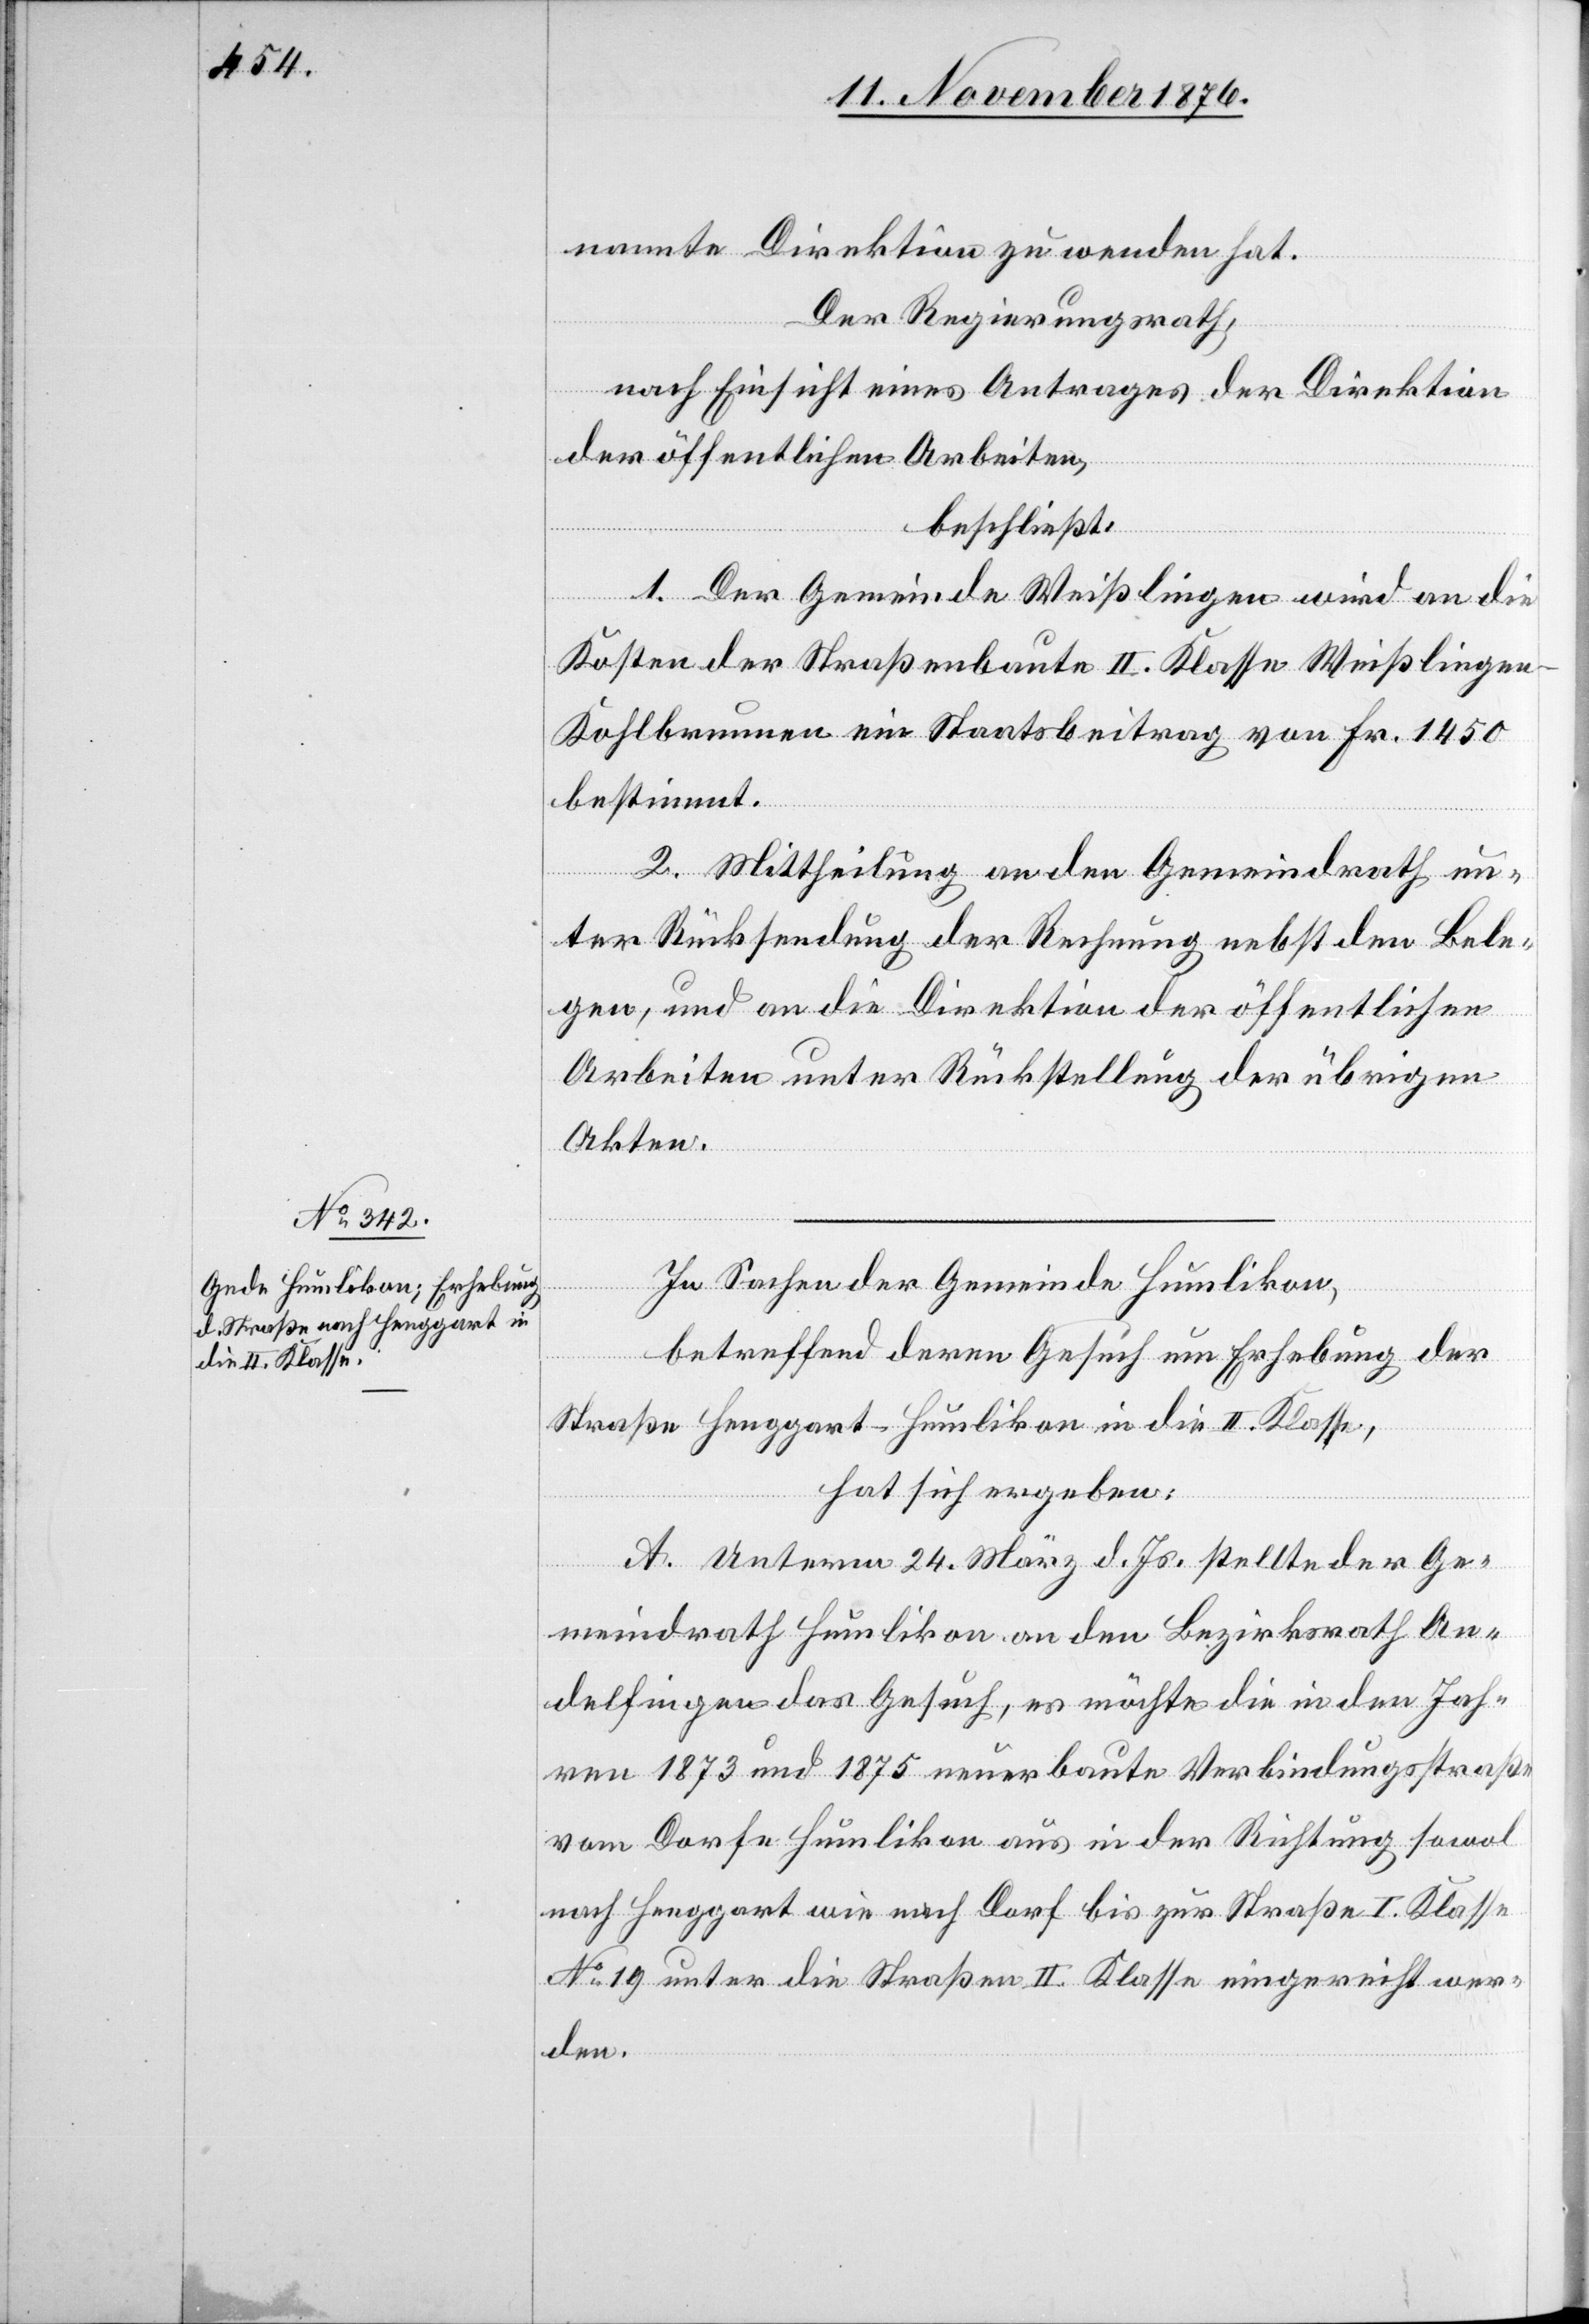
nannte Direktion zu wenden hat.
Der Regierungsrath,
nach Einsicht eines Antrages der Direktion
der öffentlichen Arbeiten,
beschließt:
1. Der Gemeinde Weißlingen wird an die
Kosten der Straßenbaute II. Klasse Weißlinge¬
n–Kohlbrunnen ein Staatsbeitrag von Fr. 1450
bestimmt.
2. Mittheilung an den Gemeindrath un¬
ter Rücksendung der Rechnung nebst den Bele¬
gen, und an die Direktion der öffentlichen
Arbeiten unter Rückstellung der übrigen
Akten.
In Sachen der Gemeinde Humlikon,
betreffend deren Gesuch um Erhebung der
Straße Henggart–Humlikon in die II. Klasse,
hat sich ergeben:
A. Unterm 24. März d. Js. stellte der Ge¬
meindrath Humlikon an den Bezirksrath An¬
delfingen das Gesuch, es möchte die in den Jah¬
ren 1873 und 1875 neuerbaute Verbindungsstraße
vom Dorfe Humlikon aus in der Richtung sowol
nach Henggart wie nach Dorf bis zur Straße I. Klasse
No 19 unter die Straßen II. Klasse eingereiht wer¬
den.